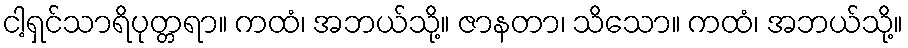
ငါ့ရှင်သာရိပုတ္တရာ။ ကထံ၊ အဘယ်သို့။ ဇာနတာ၊ သိသော။ ကထံ၊ အဘယ်သို့။